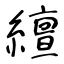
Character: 繵